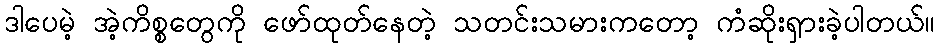
ဒါပေမဲ့ အဲ့ကိစ္စတွေကို ဖော်ထုတ်နေတဲ့ သတင်းသမားကတော့ ကံဆိုးရှားခဲ့ပါတယ်။